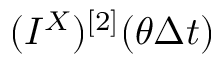
( I ^ { X } ) ^ { [ 2 ] } ( \theta \Delta t )